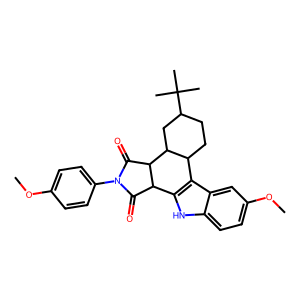
SMILES: COc1ccc(N2C(=O)C3c4[nH]c5ccc(OC)cc5c4C4CCC(C(C)(C)C)CC4C3C2=O)cc1
Inhibits HIV replication: No